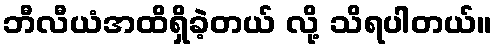
ဘီလီယံအထိရှိခဲ့တယ် လို့ သိရပါတယ်။